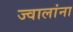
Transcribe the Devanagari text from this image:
ज्वालांना